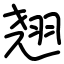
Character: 翘